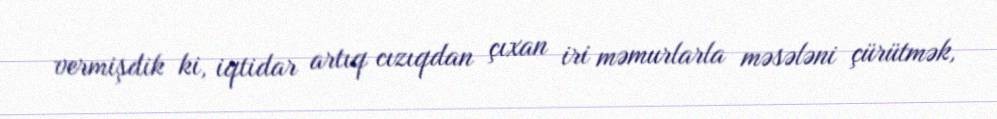
vermişdik ki, iqtidar artıq cızıqdan çıxan iri məmurlarla məsələni çürütmək,